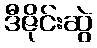
ဒီဇိုင်းဆွဲ